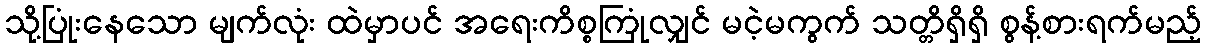
သို့ပြုံးနေသော မျက်လုံး ထဲမှာပင် အရေးကိစ္စကြုံလျှင် မငဲ့မကွက် သတ္တိရှိရှိ စွန့်စားရက်မည့်